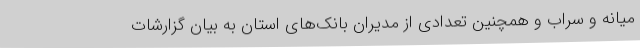
میانه و سراب و همچنین تعدادی از مدیران بانک‌های استان به بیان گزارشات